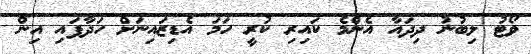
ވޯޓު ލިބުނު ދިދައާ އެންމެ ކައިރި ކުރީ ހަމަ އެޑިޒައިނަށް ހަދާފައި އިން